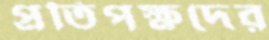
প্রতিপক্ষদের